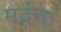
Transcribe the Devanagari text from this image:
मर्दना